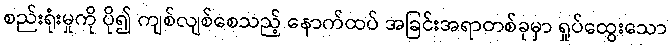
စည်းရုံးမှုကို ပို၍ ကျစ်လျစ်စေသည့် နောက်ထပ် အခြင်းအရာတစ်ခုမှာ ရှုပ်ထွေးသော